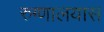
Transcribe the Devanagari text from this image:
रुग्णालयास